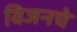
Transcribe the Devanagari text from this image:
विजनचे